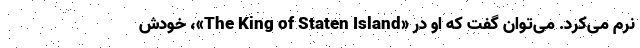
نرم می‌کرد. می‌توان گفت که او در «The King of Staten Island»، خودش